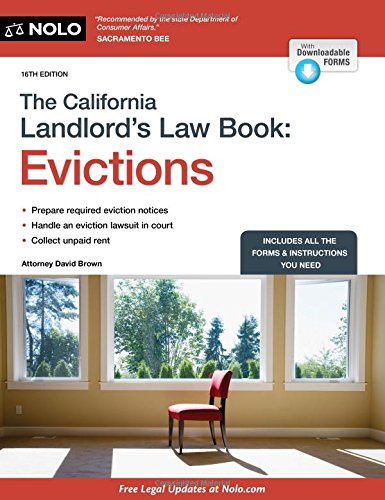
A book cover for California Landlord's Law Book, The: Evictions (California Landlord's Law Book Vol 2 : Evictions); David Brown Attorney; Business & Money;